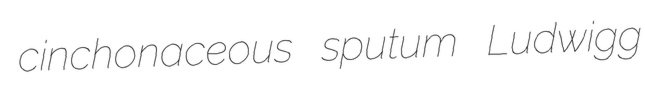
cinchonaceous sputum Ludwigg